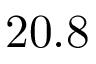
2 0 . 8